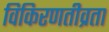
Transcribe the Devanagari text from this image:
विकिरणतीव्रता